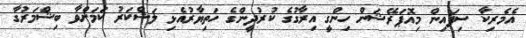
އެމެރިކާ ސިފައިން މިއޮޕަރޭޝަން ހިންގީ އިރާގުގެ ކުރުދީންގެ ހަތިޔާރުއެޅި ލަޝްކަރު ކަމަށްވާ ބިޝްމަރުގާ